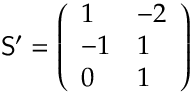
\mathsf { S } ^ { \prime } = \left( \begin{array} { l l } { 1 } & { - 2 } \\ { - 1 } & { 1 } \\ { 0 } & { 1 } \end{array} \right)